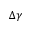
\Delta \gamma